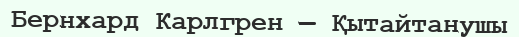
Бернхард Карлгрен — Қытайтанушы